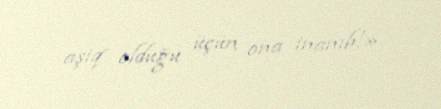
aşiq olduğu üçün ona inanıb!».